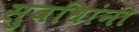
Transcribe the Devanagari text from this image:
सुवधिांनी